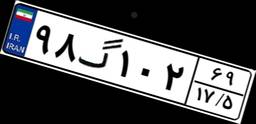
۹۸گ۱۰۲۶۹